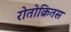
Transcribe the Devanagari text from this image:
रोतोक्रितस